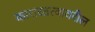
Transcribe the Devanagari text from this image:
कारारतत्वावरील